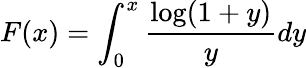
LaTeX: F(x)=\int_{0}^{x}\frac{\log(1+y)}{y}dy